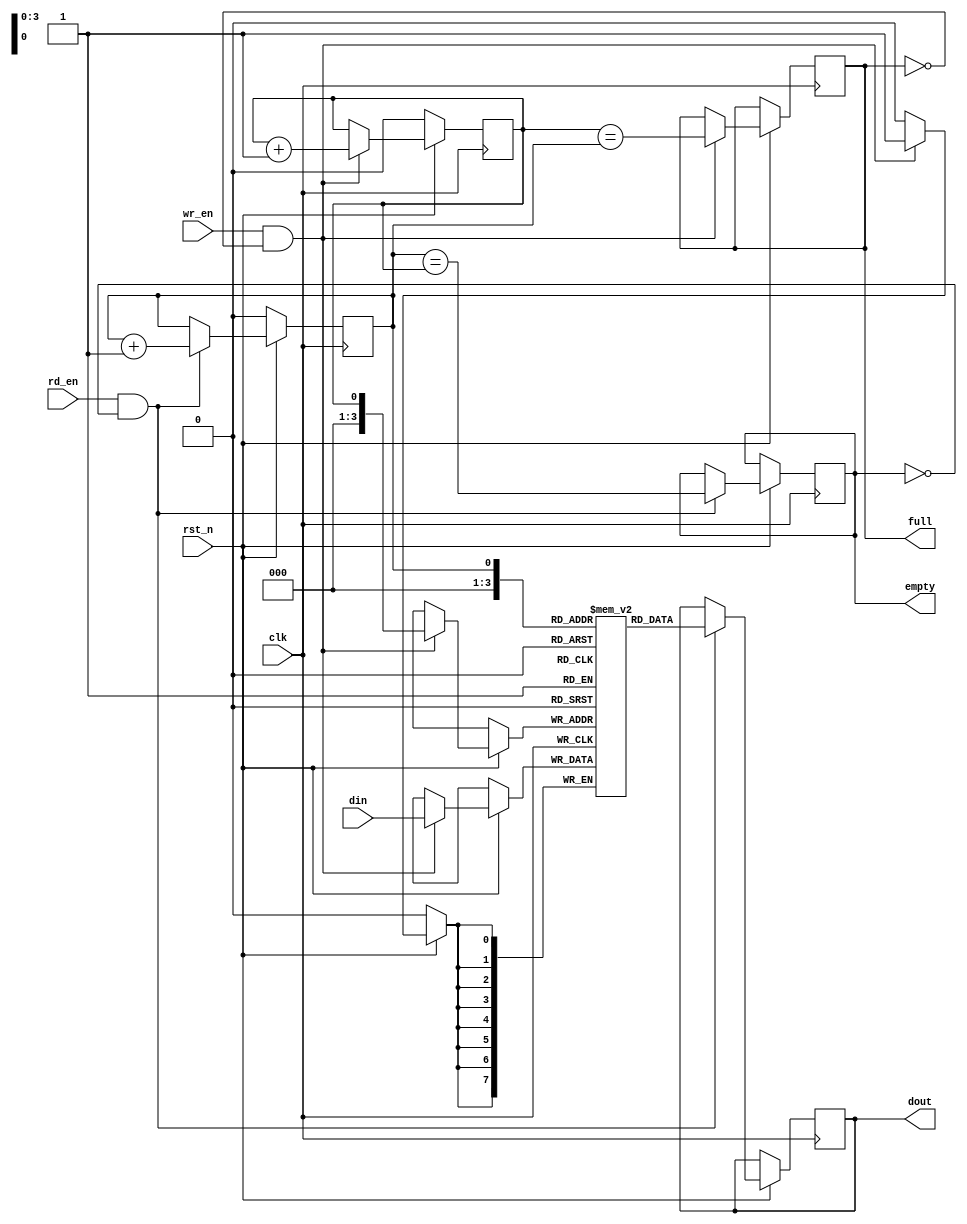
module synchronous_fifo (
  input wire clk,
  input wire rst_n,
  input wire wr_en,
  input wire rd_en,
  input wire [DATA_WIDTH-1:0] din,
  output reg [DATA_WIDTH-1:0] dout,
  output reg full,
  output reg empty
);

parameter DEPTH = 16;
parameter DATA_WIDTH = 8;

reg [DATA_WIDTH-1:0] buffer [0:DEPTH-1];
reg wr_ptr, rd_ptr;

// Write operation
always @(posedge clk) begin
  if (!rst_n) begin
    wr_ptr <= 0;
  end else if (wr_en && !full) begin
    buffer[wr_ptr] <= din;
    wr_ptr <= wr_ptr + 1;
    full <= (wr_ptr == rd_ptr);
  end
end

// Read operation
always @(negedge clk) begin
  if (!rst_n) begin
    rd_ptr <= 0;
  end else if (rd_en && !empty) begin
    dout <= buffer[rd_ptr];
    rd_ptr <= rd_ptr + 1;
    empty <= (rd_ptr == wr_ptr);
  end
end

// Initial values
initial begin
  wr_ptr = 0;
  rd_ptr = 0;
  full = 0;
  empty = 1;
end

endmodule